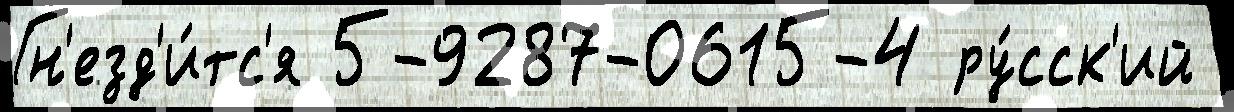
Гн'езд'и́тс'я 5-9287-0615-4 ру́сск'ий